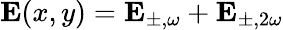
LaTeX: \mathbf{E}(x,y)=\mathbf{E}_{\pm,\omega}+\mathbf{E}_{\pm,2\omega}